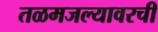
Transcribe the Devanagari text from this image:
तळमजल्यावरची